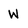
Character: W